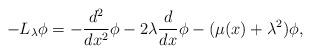
LaTeX: \begin{align*} -L_\lambda\phi=-\frac{d^2}{dx^2}\phi -2\lambda \frac{d}{dx}\phi -(\mu(x)+\lambda^2)\phi,\end{align*}